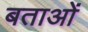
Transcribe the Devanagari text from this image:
बताओं